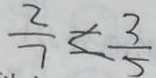
\frac { 2 } { 7 } < \frac { 3 } { 5 }